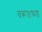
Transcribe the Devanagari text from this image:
वरूडच्या